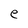
Character: e